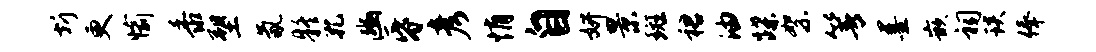
圻更愉黍塑氤疑孔豳昏彦悄自妍景斑裙油蹀絮箐墨嵌祠琰俸